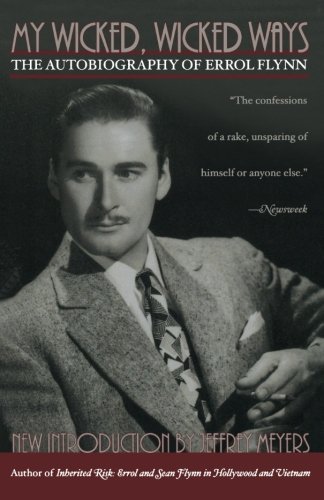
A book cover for My Wicked, Wicked Ways: The Autobiography of Errol Flynn; Errol Flynn; Biographies & Memoirs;